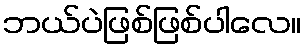
ဘယ်ပဲဖြစ်ဖြစ်ပါလေ။